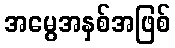
အမွေအနှစ်အဖြစ်